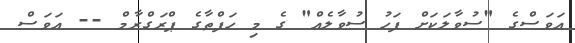
އަވަސްގެ "ސުވާލަކަށް ފަހު ސުވާލެއް" ގެ މި ހަފްތާގެ ޕްރަގްރާމް -- އަވަސް